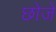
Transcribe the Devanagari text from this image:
छोजे